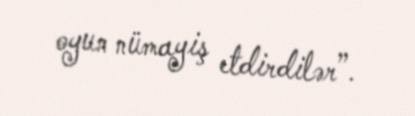
oyun nümayiş etdirdilər”.